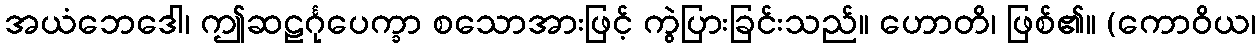
အယံဘေဒေါ၊ ဤဆဠင်္ဂုပေက္ခာ စသောအားဖြင့် ကွဲပြားခြင်းသည်။ ဟောတိ၊ ဖြစ်၏။ (ကောဝိယ၊